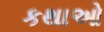
કથાઓ